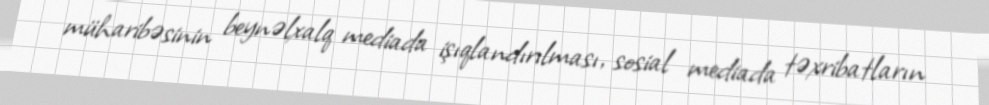
müharibəsinin beynəlxalq mediada işıqlandırılması, sosial mediada təxribatların